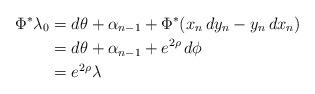
LaTeX: \begin{align*}\Phi^{*}\lambda_{0}&=d\theta+\alpha_{n-1}+\Phi^{*}(x_{n}\,dy_{n}-y_{n}\,dx_{n}) \\&=d\theta+\alpha_{n-1}+e^{2\rho}\,d\phi \\&=e^{2\rho}\lambda\end{align*}